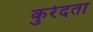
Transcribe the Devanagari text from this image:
कुरेदता